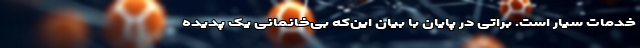
خدمات سیار است. براتی در پایان با بیان این‌‌که بی‌‌خانمانی یک پدیده